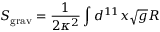
S _ { \mathrm { g r a v } } = \frac { 1 } { 2 \kappa ^ { 2 } } \int d ^ { 1 1 } x \sqrt { g } R